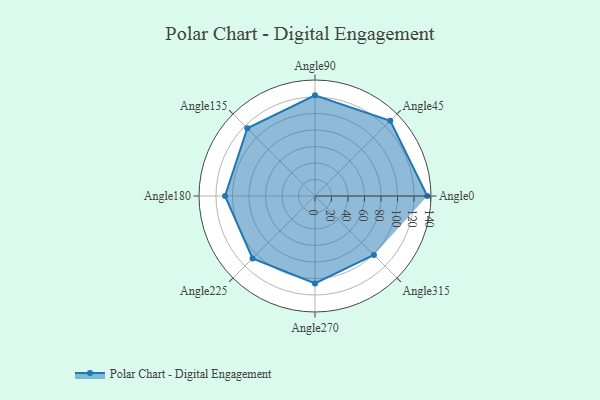
{"axis": {"x": "Angle", "y": "Radius"}, "legend": [""], "data": [{"x": "Angle0", "y": 136.0, "type": ""}, {"x": "Angle45", "y": 129.0, "type": ""}, {"x": "Angle90", "y": 122.0, "type": ""}, {"x": "Angle135", "y": 116.0, "type": ""}, {"x": "Angle180", "y": 109.0, "type": ""}, {"x": "Angle225", "y": 107.0, "type": ""}, {"x": "Angle270", "y": 106.0, "type": ""}, {"x": "Angle315", "y": 101.0, "type": ""}]}